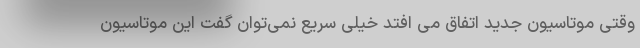
وقتی موتاسیون جدید اتفاق می افتد خیلی سریع نمی‌توان گفت این موتاسیون